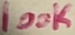
Text: 100K